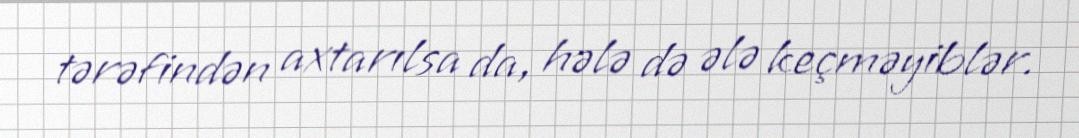
tərəfindən axtarılsa da, hələ də ələ keçməyiblər.